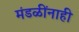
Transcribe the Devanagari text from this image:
मंडळींनाही